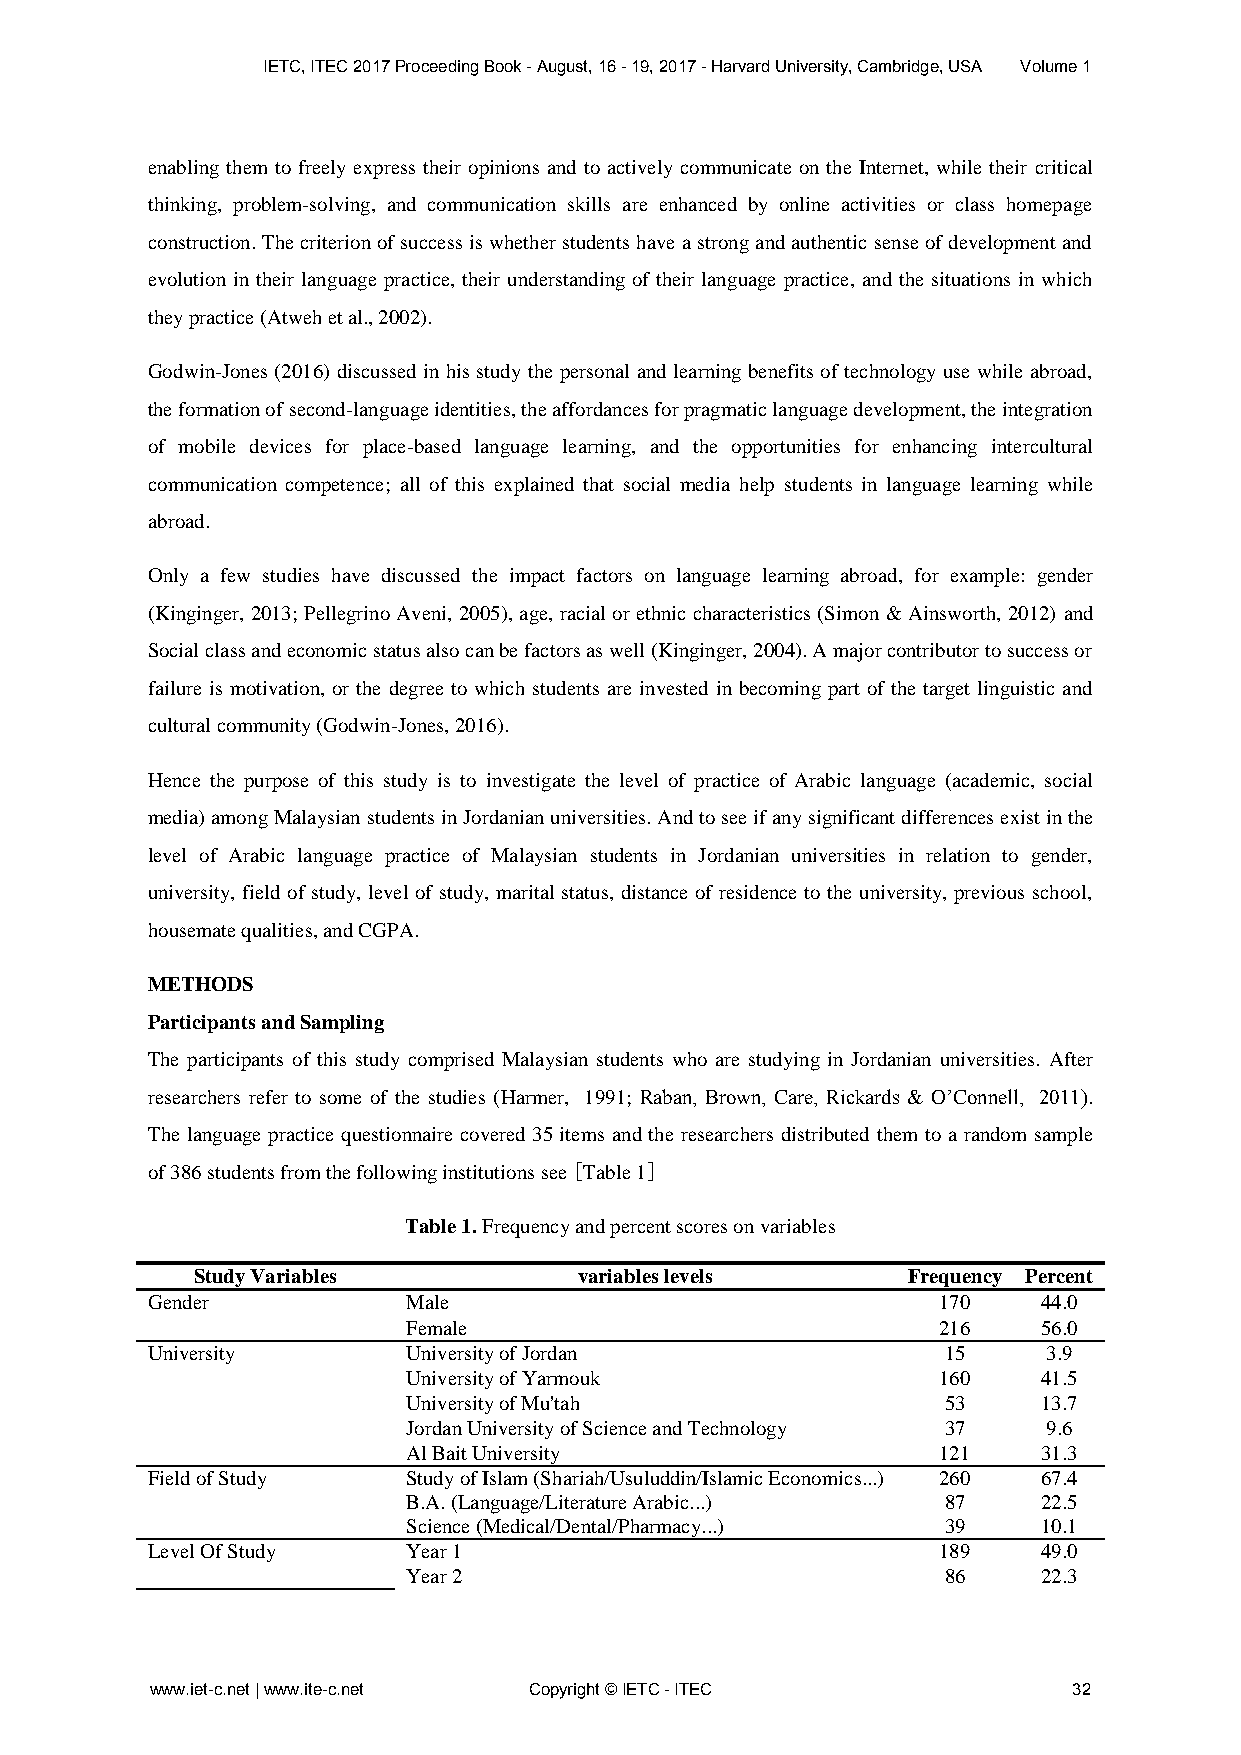
IETC, ITEC 2017 Proceeding Book - August, 16 - 19, 2017 - Harvard University, Cambridge, USA Volume 1
 enabling them to freely express their opinions and to actively communicate on the Internet, while their critical
 thinking, problem-solving, and communication skills are enhanced by online activities or class homepage
 construction. The criterion of success is whether students have a strong and authentic sense of development and
 evolution in their language practice, their understanding of their language practice, and the situations in which
 they practice (Atweh et al., 2002).
 Godwin-Jones (2016) discussed in his study the personal and learning benefits of technology use while abroad,
 the formation of second-language identities, the affordances for pragmatic language development, the integration
 of mobile devices for place-based language learning, and the opportunities for enhancing intercultural
 communication competence; all of this explained that social media help students in language learning while
 abroad.
 Only a few studies have discussed the impact factors on language learning abroad, for example: gender
 (Kinginger, 2013; Pellegrino Aveni, 2005), age, racial or ethnic characteristics (Simon & Ainsworth, 2012) and
 Social class and economic status also can be factors as well (Kinginger, 2004). A major contributor to success or
 failure is motivation, or the degree to which students are invested in becoming part of the target linguistic and
 cultural community (Godwin-Jones, 2016).
 Hence the purpose of this study is to investigate the level of practice of Arabic language (academic, social
 media) among Malaysian students in Jordanian universities. And to see if any significant differences exist in the
 level of Arabic language practice of Malaysian students in Jordanian universities in relation to gender,
 university, field of study, level of study, marital status, distance of residence to the university, previous school,
 housemate qualities, and CGPA.
 METHODS
 Participants and Sampling
 The participants of this study comprised Malaysian students who are studying in Jordanian universities. After
 researchers refer to some of the studies (Harmer, 1991; Raban, Brown, Care, Rickards & O’Connell, 2011).
 The language practice questionnaire covered 35 items and the researchers distributed them to a random sample
 of 386 students from the following institutions see [Table 1]
 Table 1. Frequency and percent scores on variables
 Study Variables          variables levels      Frequency Percent
 Gender           Male                               170    44.0
 Female                             216    56.0
 University       University of Jordan               15     3.9
 University of Yarmouk              160    41.5
 University of Mu'tah               53     13.7
 Jordan University of Science and Technology 37 9.6
 Al Bait University                 121    31.3
 Field of Study   Study of Islam (Shariah/Usuluddin/Islamic Economics...) 260 67.4
 B.A. (Language/Literature Arabic...) 87   22.5
 Science (Medical/Dental/Pharmacy...) 39   10.1
 Level Of Study   Year 1                             189    49.0
 Year 2                             86     22.3
 www.iet-c.net | www.ite-c.net Copyright © IETC - ITEC        32